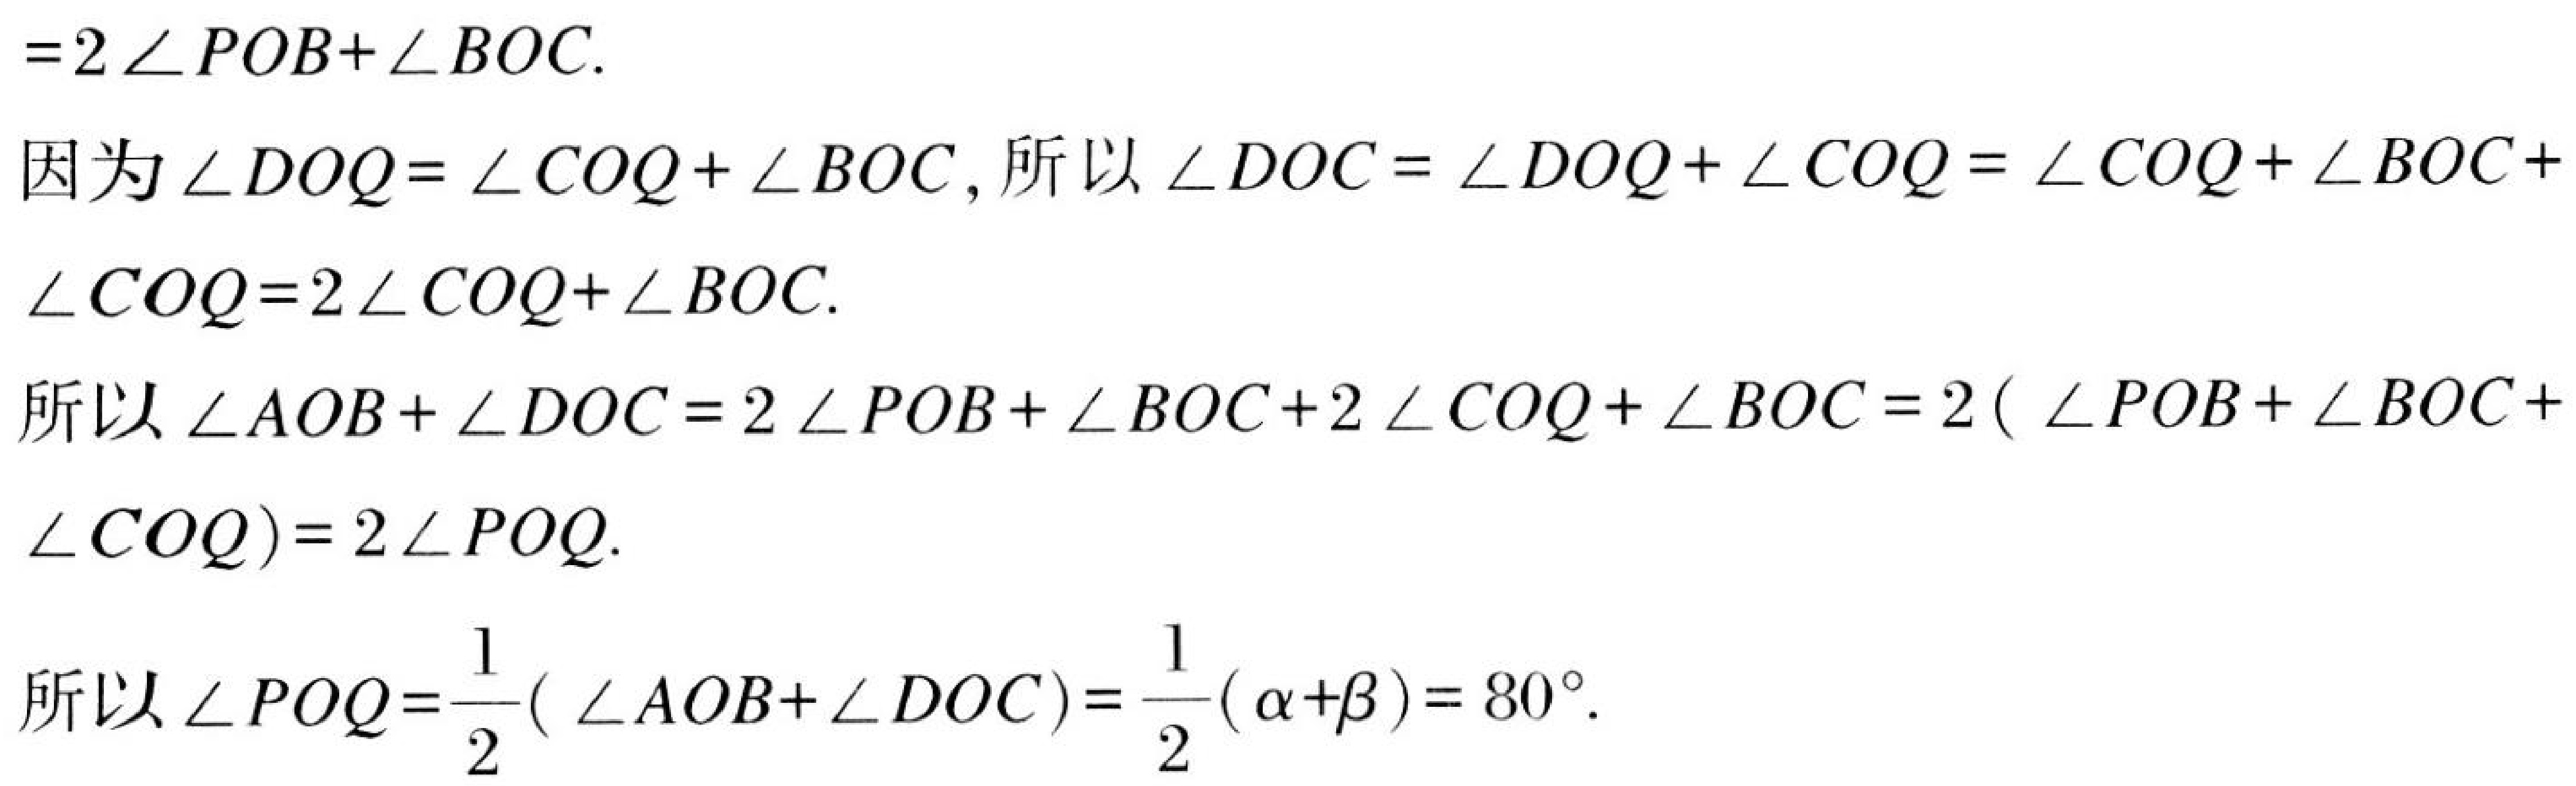
\(=2\angle POB+\angle BOC\).
因为\(\angle DOQ=\angle COQ+\angle BOC\), 所以\(\angle DOC=\angle DOQ+\angle COQ=\angle COQ+\angle BOC+\)
\(\angle COQ = 2\angle COQ+\angle BOC\).
所以\(\angle AOB+\angle DOC=2\angle POB+\angle BOC + 2\angle COQ+\angle BOC=2(\angle POB+\angle BOC+\)
\(\angle COQ)=2\angle POQ\).
所以\(\angle POQ=\frac{1}{2}(\angle AOB+\angle DOC)=\frac{1}{2}(\alpha+\beta)=80^{\circ}\).